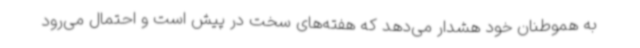
به هموطنان خود هشدار می‌دهد که هفته‌های سخت در پیش است و احتمال می‌رود